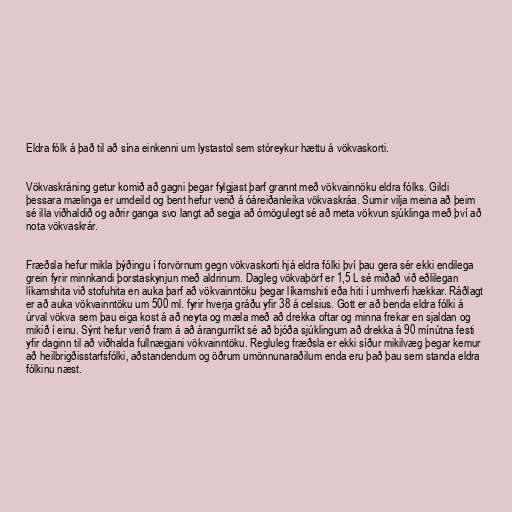
Eldra fólk á það til að sína einkenni um lystastol sem stóreykur hættu á vökvaskorti.

Vökvaskráning getur komið að gagni þegar fylgjast þarf grannt með vökvainnöku eldra fólks. Gildi
þessara mælinga er umdeild og bent hefur verið á óáreiðanleika vökvaskráa. Sumir vilja meina að þeim
sé illa viðhaldið og aðrir ganga svo langt að segja að ómögulegt sé að meta vökvun sjúklinga með því að
nota vökvaskrár.

Fræðsla hefur mikla þýðingu í forvörnum gegn vökvaskorti hjá eldra fólki því þau gera sér ekki endilega
grein fyrir minnkandi þorstaskynjun með aldrinum. Dagleg vökvaþörf er 1,5 L sé miðað við eðlilegan
líkamshita við stofuhita en auka þarf að vökvainntöku þegar líkamshiti eða hiti í umhverfi hækkar. Ráðlagt
er að auka vökvainntöku um 500 ml. fyrir hverja gráðu yfir 38 á celsius. Gott er að benda eldra fólki á
úrval vökva sem þau eiga kost á að neyta og mæla með að drekka oftar og minna frekar en sjaldan og
mikið í einu. Sýnt hefur verið fram á að árangurríkt sé að bjóða sjúklingum að drekka á 90 mínútna festi
yfir daginn til að viðhalda fullnægjani vökvainntöku. Regluleg fræðsla er ekki síður mikilvæg þegar kemur
að heilbrigðisstarfsfólki, aðstandendum og öðrum umönnunaraðilum enda eru það þau sem standa eldra
fólkinu næst.